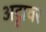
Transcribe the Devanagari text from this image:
अट्टावर